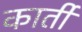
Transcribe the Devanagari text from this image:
कार्ती